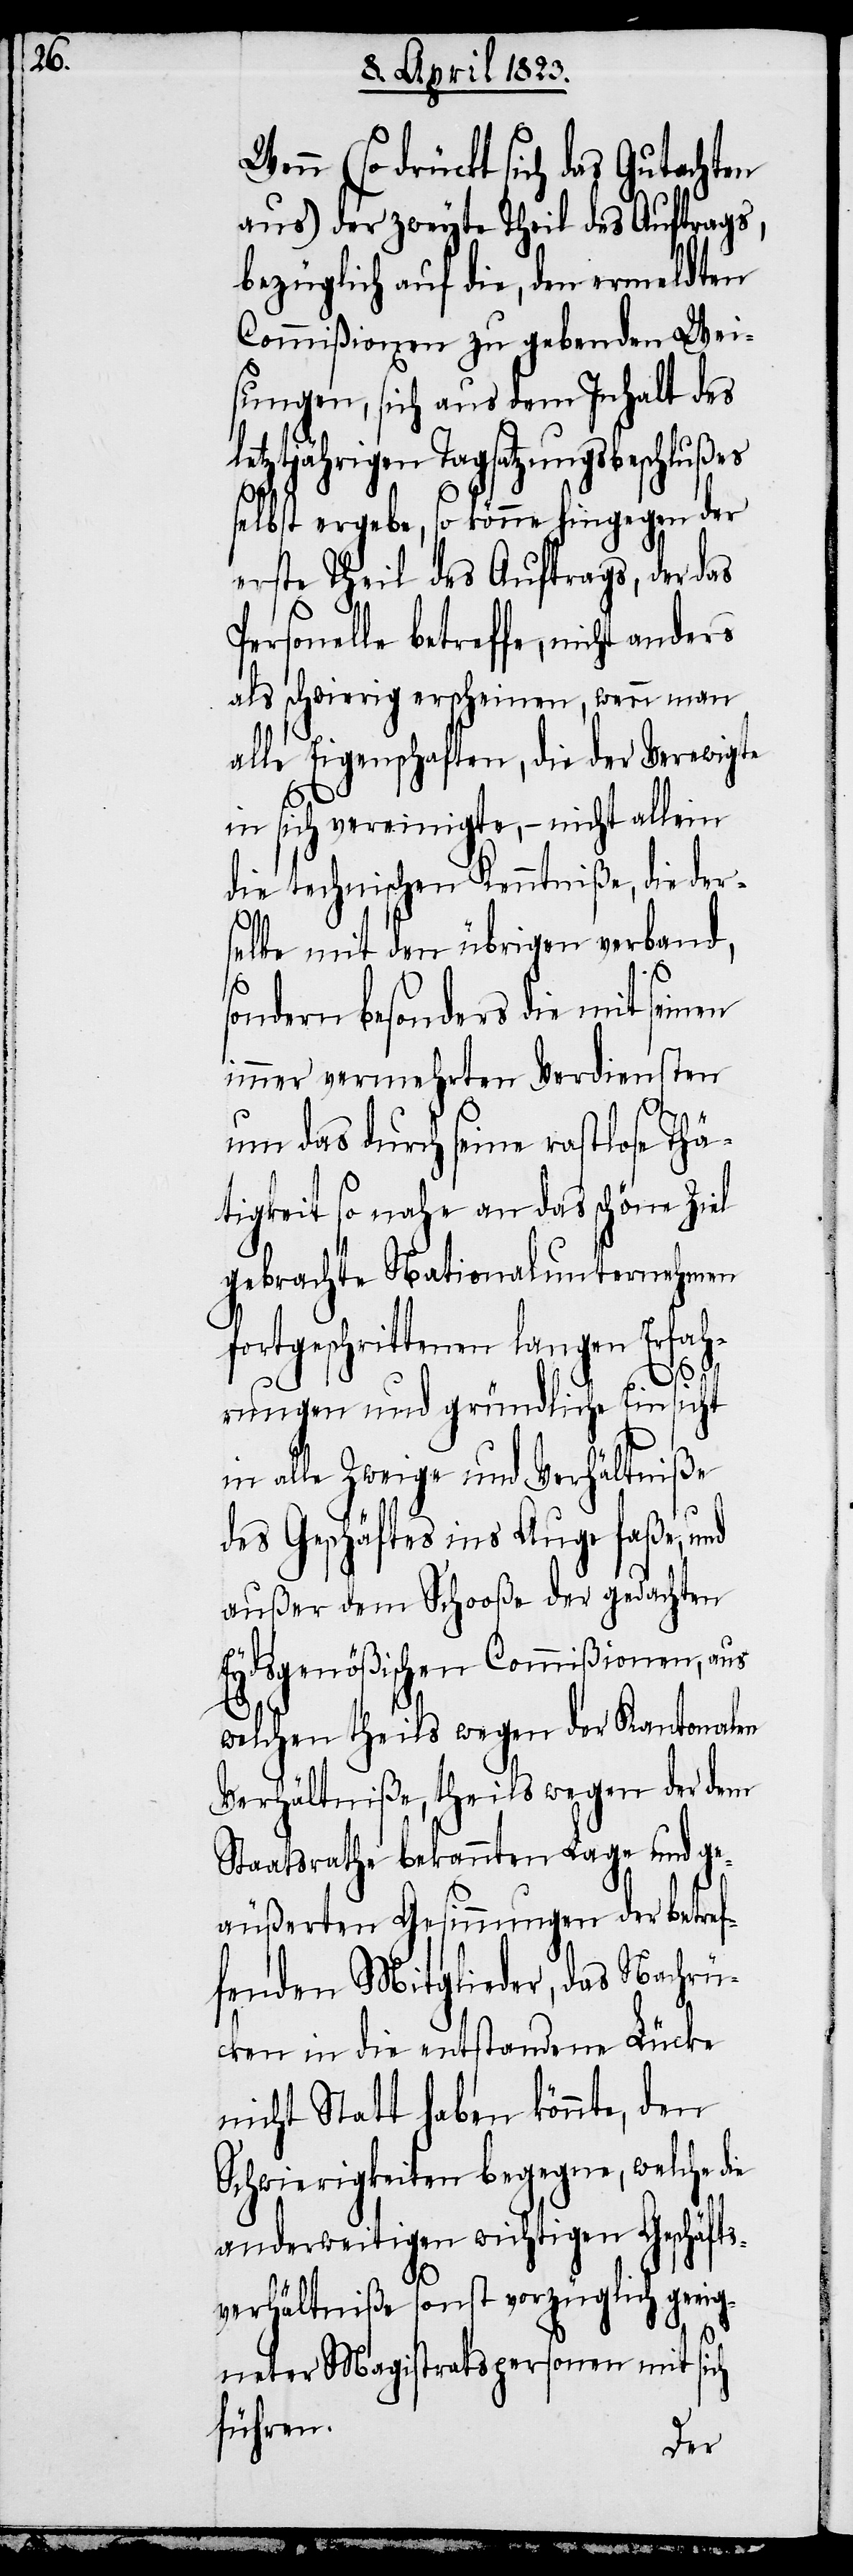
(so drückt sich das Gutachten
aus) der zweyte Theil des Auftrags,
bezüglich auf die, den ermeldten
Commißionen zu gebenden Wei¬
sungen, sich aus dem Inhalt des
letztjährigen Tagsatzungsbeschlußes
selbst ergebe, so könne hingegen der
erste Theil des Auftrags, der das
Personelle betreffe, nicht anders
als schwierig erscheinen, wenn man
alle Eigenschaften, die der Verewigte
in sich vereinigte, – nicht allein
die technischen Kenntniße, die der¬
s¬
selbe mit den übrigen verband,
ondern besonders die mit seinen
immer vermehrten Verdiensten
um das durch seine rastlose Thä¬
tigkeit so nahe an das schöne Ziel
gebrachte Nationalunternehmen
fortgeschrittenen langen Erfah¬
rungen und gründliche Einsicht
in alle Zweige und Verhältniße
des Geschäftes ins Auge faße, und
außer dem Schooße der gedachten
Eydsgenößischen Commißionen, aus
welchen theils wegen der Kantonalen
Verhältniße, theils wegen der dem
Staatsrathe bekannten Lage und ge¬
äußerten Gesinnungen der betref¬
fenden Mitglieder, das Nachrü¬
cken in die entstandene Lücke
nicht Statt haben könnte, den
Schwierigkeiten begegne, welche
anderweitigen wichtigen Geschäfts¬
verhältniße sonst vorzüglich geeig¬
neter Magistratspersonen mit sich
führen.